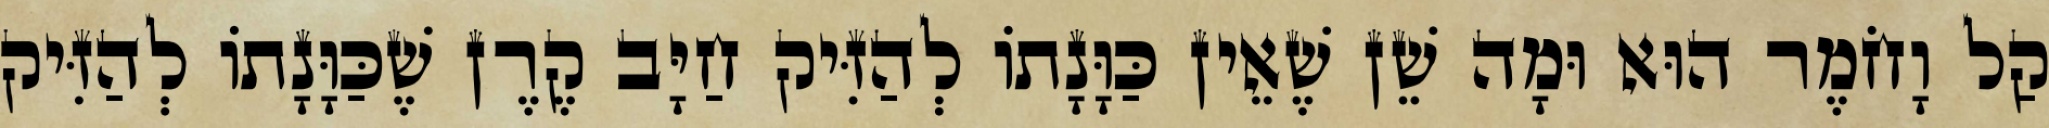
קַל וָחֹמֶר הוּא וּמָה שֵׁן שֶׁאֵין כַּוָּנָתוֹ לְהַזִּיק חַיָּב קֶרֶן שֶׁכַּוָּנָתוֹ לְהַזִּיק